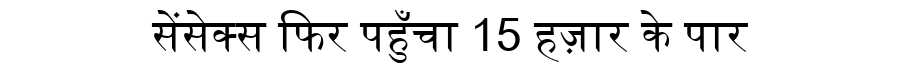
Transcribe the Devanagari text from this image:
सेंसेक्स फिर पहुँचा 15 हज़ार के पार